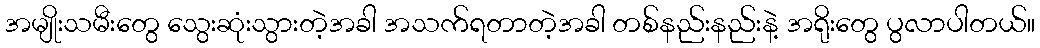
အမျိုးသမီးတွေ သွေးဆုံးသွားတဲ့အခါ အသက်ရတာတဲ့အခါ တစ်နည်းနည်းနဲ့ အရိုးတွေ ပွလာပါတယ်။